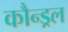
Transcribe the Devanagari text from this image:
कौन्ड्रल